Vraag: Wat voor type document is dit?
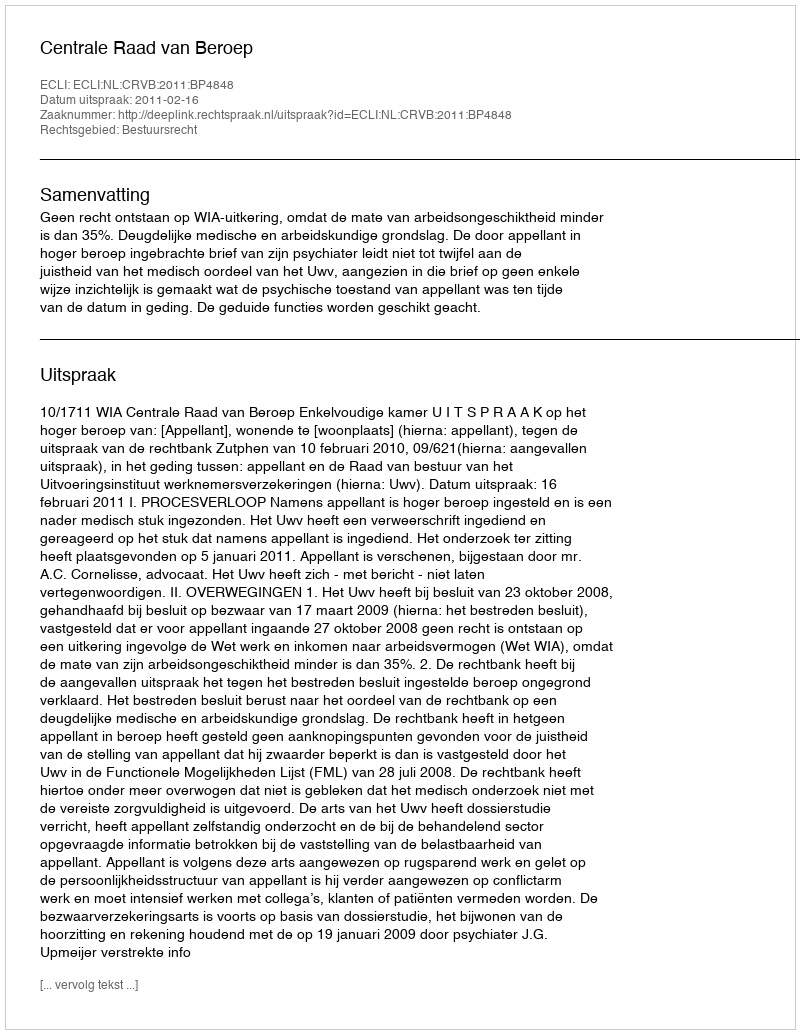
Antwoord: Uitspraak